画像に写った文字を読んでください
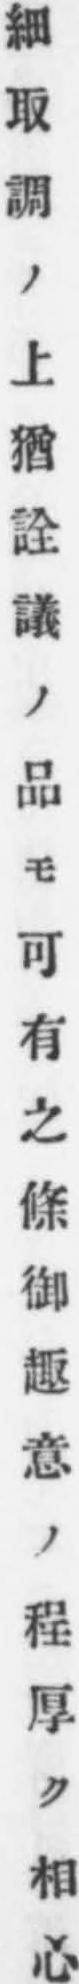
「細取調ノ上猶詮議ノ品モ可有之條御趣意ノ程厚ク相心」と書いてあります